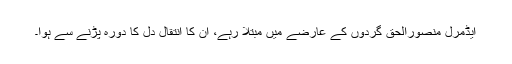
ایڈمرل منصورالحق گردوں کے عارضے میں مبتلا رہے، ان کا انتقال دل کا دورہ پڑنے سے ہوا۔